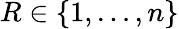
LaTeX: R\in\{ 1,\ldots,n\}